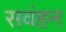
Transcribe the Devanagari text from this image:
सवंहन